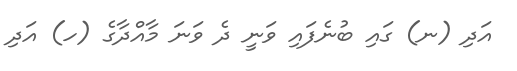
އަދި (ނ) ގައި ބުނެފައި ވަނީ ދެ ވަނަ މާއްދާގެ (ހ) އަދި